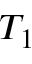
T _ { 1 }